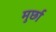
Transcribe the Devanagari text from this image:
मुर्छा